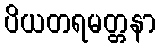
ပိယတရမတ္တနာ